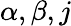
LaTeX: \alpha,\beta,j